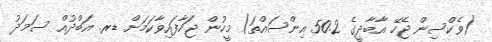
(ވެކްސިން ޖެހޭ އާބާދީގެ 50.2 އިންސައްތަ) މީހުން ޖަހާފައިވާކަމަށް ޑރ. އަބްދުއް ސަމަދު